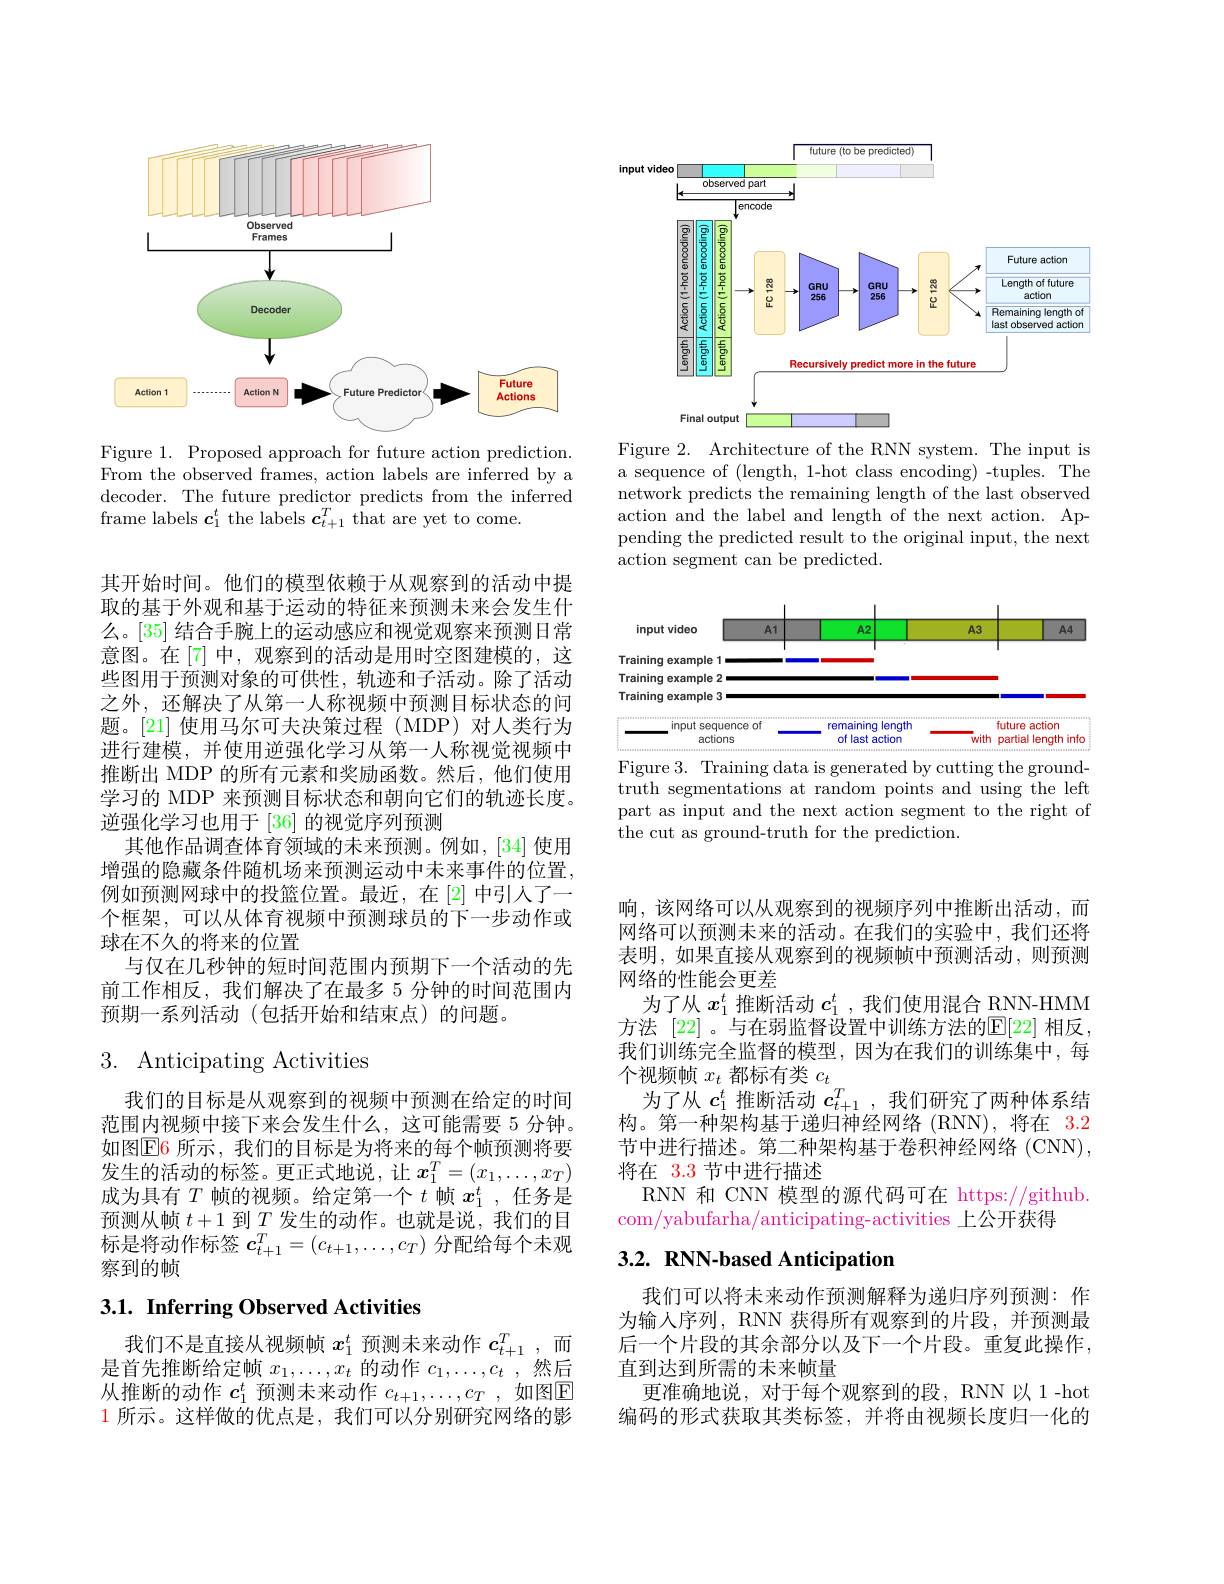
<FigureHere>
Figure 1. Proposed approach for future action prediction.

From the observed frames, action labels are inferred by a decoder. The future predictor predicts from the inferred frame labels $\boldsymbol c_1^t$ the labels $\boldsymbol c_t+1^T$ that are yet to come.

其开始时间。他们的模型依赖于从观察到的活动中提取的基于外观和基于运动的特征来预测未来会发生什么。[35] 结合手腕上的运动感应和视觉观察来预测日常意图。在[7]中，观察到的活动是用时空图建模的，这些图用于预测对象的可供性，轨迹和子活动。除了活动之外，还解决了从第一人称视频中预测目标状态的问题。[21] 使用马尔可夫决策过程 (MDP) 对人类行为进行建模，并使用逆强化学习从第一人称视觉视频中推断出 MDP 的所有元素和奖励函数。然后，他们使用学习的 MDP 来预测目标状态和朝向它们的轨迹长度。逆强化学习也用于[36]的视觉序列预测
其他作品调查体育领域的未来预测。例如，[34] 使用增强的隐藏条件随机场来预测运动中未来事件的位置， 例如预测网球中的投篮位置。最近，在[2] 中引人了一个框架，可以从体育视频中预测球员的下一步动作或球在不久的将来的位置
与仅在几秒钟的短时间范围内预期下一个活动的先前工作相反，我们解决了在最多 5 分钟的时间范围内预期一系列活动(包括开始和结束点)的问题。

## 3. Anticipating Activities

我们的目标是从观察到的视频中预测在给定的时间范围内视频中接下来会发生什么，这可能需要 5 分钟。如图$\operatorname{E6}$ 所示，我们的目标是为将来的每个帧预测将要发生的活动的标签。更正式地说，让$x_1^T=(x_1,\ldots,x_T)$ 成为具有$T$帧的视频。给定第一个$t$帧$x_1^t$ ,任务是预测从帧$t+1$到$\underline T$发生的动作。也就是说，我们的目标是将动作标签$\boldsymbol{c}_t+1^T=(c_{t+1},\ldots,c_T)$分配给每个未观察到的帧

# 3.1. Inferring Observed Activities

我们不是直接从视频帧$x_1^t$预测未来动作$c_{t+1}^T$,而是首先推断给定帧$x_1,\ldots,x_t$的动作$c_1,\ldots,c_t$ ,然后从推断的动作$c_1^t$预测未来动作$c_{t+1},\ldots,c_T$,如图$\mathbb{E}$ 1所示。这样做的优点是，我们可以分别研究网络的影

<FigureHere>

Figure 2. Architecture of the RNN system. The input is a sequence of (length, 1-hot class encoding) -tuples. The network predicts the remaining length of the last observed action and the label and length of the next action. Appending the predicted result to the original input, the next action segment can be predicted.

<FigureHere>
Figure 3. Training data is generated by cutting the ground-

truth segmentations at random points and using the left part as input and the next action segment to the right of the cut as ground-truth for the prediction.

响，该网络可以从观察到的视频序列中推断出活动，而网络可以预测未来的活动。在我们的实验中，我们还将表明，如果直接从观察到的视频帧中预测活动，则预测网络的性能会更差
为了从$x_1^t$推断活动$c_1^t$ ,我们使用混合 RNN-HMM 方法 [22]。与在弱监督设置中训练方法的$\mathbb{E}[22]$ 相反， 我们训练完全监督的模型，因为在我们的训练集中，每个视频帧$x_t$都标有类$c_t$
为了从$c_1^t$推断活动$c_{t+1}^T$,我们研究了两种体系结构。第一种架构基于递归神经网络(RNN),将在 3.2节中进行描述。第二种架构基于卷积神经网络(CNN), 将在 3.3 节中进行描述
RNN 和 CNN 模型的源代码可在 https://github.
com/yabufarha/anticipating-activities 上公开获得

# 3.2. RNN-based Anticipation

我们可以将未来动作预测解释为递归序列预测：作为输入序列，RNN 获得所有观察到的片段，并预测最后一个片段的其余部分以及下一个片段。重复此操作， 直到达到所需的未来帧量
更准确地说，对于每个观察到的段，RNN以1-hot 编码的形式获取其类标签，并将由视频长度归一化的